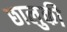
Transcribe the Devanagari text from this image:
छालुकी